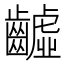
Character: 𪙫